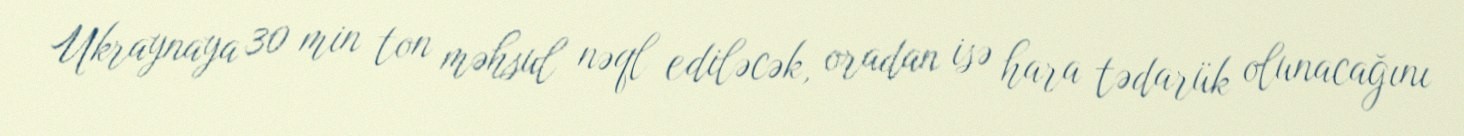
Ukraynaya 30 min ton məhsul nəql ediləcək, oradan isə hara tədarük olunacağını